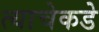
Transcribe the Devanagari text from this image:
त्याचेकडे